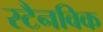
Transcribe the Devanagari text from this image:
स्टैनविक